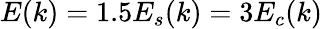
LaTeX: E(k)=1.5{{E}_{s}}(k)=3{{E}_{c}}(k)